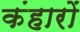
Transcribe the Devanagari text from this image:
कंहारों